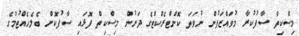
މިސްކިތް ސާފުކުރާ މުވައްޒަފުން ނުވަތަ ކޮންޓްރެކްޓްގެ ދަށުން މިސްކިތް ފޮޅައި ސާފުކޮށް ބެލެހެއްޓުމުގެ